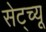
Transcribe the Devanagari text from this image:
सेट्च्यू